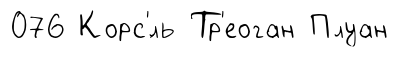
076 Корс'́ль Тр'еоган Плуан